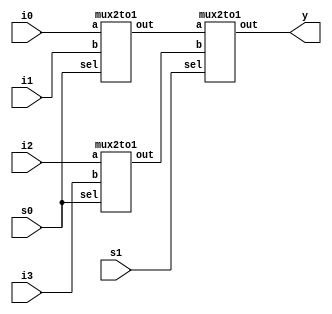
module mux4to1(i0, i1, i2, i3, s0, s1, y);
input i0, i1, i2, i3, s0, s1;
output y;
wire y1, y2;

mux2to1 M1(.a(i0), .b(i1), .sel(s0), .out(y1));
mux2to1 M2(.a(i2), .b(i3), .sel(s0), .out(y2));
mux2to1 M3(.a(y1), .b(y2), .sel(s1), .out(y));

endmodule 

module mux2to1(a,b,sel,out);

  input a, b, sel;
  output out;

  assign out = ( (a & (~sel)) | (b & (sel)) );

endmodule